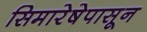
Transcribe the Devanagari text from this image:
सिमारेषेपासून